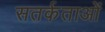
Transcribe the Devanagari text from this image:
सतर्कताओं